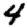
Digit: 4